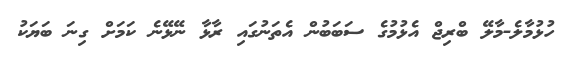
ހުޅުމާލެ-މާލޭ ބްރިޖް އެޅުމުގެ ސަބަބުން އެތަނުގައި ރާޅާ ނޭޅޭނެ ކަމަށް ގިނަ ބަޔަކު